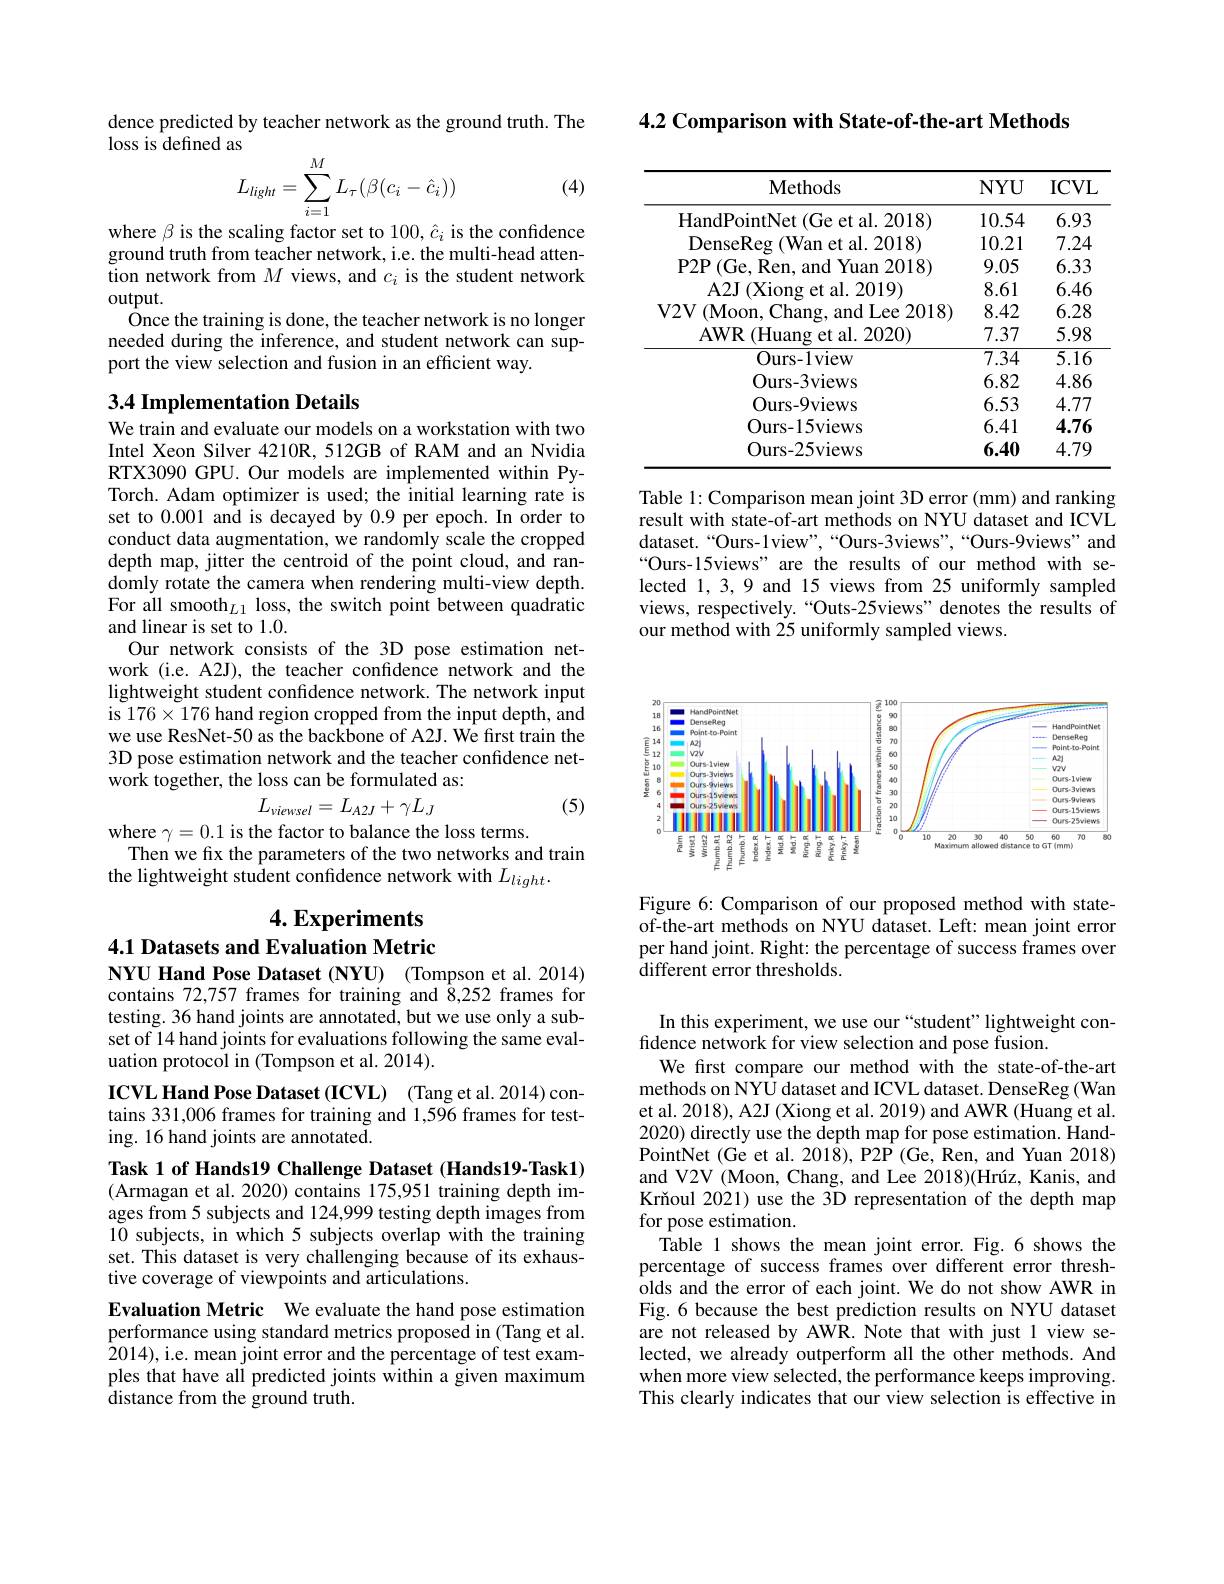
4.2 Comparison with State-of-the-art Methods

<table>
	<tbody>
		<tr>
			<th>$\mathbf{Methods}$</th>
			<th>$NYU$</th>
			<th>$ICVL$</th>
		</tr>
		<tr>
			<td>HandPointNet ( Ge et al. 2018) </td>
			<td>10.54</td>
			<td>6.93</td>
		</tr>
		<tr>
			<td>DenseReg ( Wan et al. 2018) </td>
			<td>10.21</td>
			<td>7.24</td>
		</tr>
		<tr>
			<td>P2P$\left(\mathrm{Ge},\mathrm{Ren},\mathrm{~and~Yuan~2018}\right)$</td>
			<td>9.05</td>
			<td>6.33</td>
		</tr>
		<tr>
			<td>A2J ( Xiong et al. 2019) </td>
			<td>8.61</td>
			<td>6.46</td>
		</tr>
		<tr>
			<td>V2V (Moon, Chang, and Lee 2018)</td>
			<td>8.42</td>
			<td>6.28</td>
		</tr>
		<tr>
			<td>AWR ( Huang et al. 2020) </td>
			<td>7.37</td>
			<td>5.98</td>
		</tr>
		<tr>
			<td>Ours- 1view</td>
			<td>7.34</td>
			<td>$\overline{5.16}$</td>
		</tr>
		<tr>
			<td>Ours- 3views</td>
			<td>6.82</td>
			<td>4.86</td>
		</tr>
		<tr>
			<td>Ours- 9views</td>
			<td>6.53</td>
			<td>4.77</td>
		</tr>
		<tr>
			<td>Ours- 15views</td>
			<td>6.41</td>
			<td>4.76</td>
		</tr>
		<tr>
			<td>Ours- 25views</td>
			<td>6.40</td>
			<td>4.79</td>
		</tr>
	</tbody>
</table>

Table 1: Comparison mean joint 3D error (mm) and ranking result with state-of-art methods on NYU dataset and ICVL dataset.“Ours-1view”,“Ours-3views”,“Ours-9views”and “Ours-15views" are the results of our method with selected 1,3,9 and 15 views from 25 uniformly sampled views, respectively.“Outs-25views”denotes the results of our method with 25 uniformly sampled views.

dence predicted by teacher network as the ground truth. The
loss is defined as
$$L_{light}=\sum_{i=1}^{M}L_{\tau}(\beta(c_{i}-\hat{c}_{i}))$$
(4)

where $\beta$ is the scaling factor set to 100, $\hat{c}_i$ is the confdence ground truth from teacher network, i.e. the multi-head attention network from $M$ views, and $c_i$ is the student network output.
Once the training is done, the teacher network is no longer needed during the inference, and student network can support the view selection and fusion in an efficient way.

## 3.4 Implementation Details

We train and evaluate our models on a workstation with two Intel Xeon Silver 4210R, 512GB of RAM and an Nvidia RTX3090 GPU. Our models are implemented within PyTorch. Adam optimizer is used; the initial learning rate is set to 0.001 and is decayed by 0.9 per epoch.In order to conduct data augmentation, we randomly scale the cropped depth map, jitter the centroid of the point cloud, and randomly rotate the camera when rendering multi-view depth. For all smooth$_L1$ loss, the switch point between quadratic and linear is set to 1.0.
Our network consists of the 3D pose estimation network (i.e. A2J), the teacher confidence network and the lightweight student confidence network. The network input is 176$\times176$ hand region cropped from the input depth, and we use ResNet-50 as the backbone of A2J. We first train the 3D pose estimation network and the teacher confidence network together, the loss can be formulated as:
$$L_{viewsel}=L_{A2J}+\gamma L_{J}$$
(5)

where $\gamma=0.1$ is the factor to balance the loss terms.
Then we fix the parameters of the two networks and train
the lightweight student confidence network with $L_light.$

## $4. \textbf{Experiments}$

4.1 Datasets and Evaluation Metric
NYU Hand Pose Dataset (NYU) (Tompson et al. 2014)

contains 72,757 frames for training and 8,252 frames for testing. 36 hand joints are annotated, but we use only a subset of 14 hand joints for evaluations following the same evaluation protocol in (Tompson et al. 2014).

ICVL Hand Pose Dataset (ICVL) (Tang et al. 2014) contains 331,006 frames for training and 1,596 frames for testing. 16 hand joints are annotated.
Task 1 of Hands19 Challenge Dataset (Hands19-Task1) (Armagan et al. 2020) contains 175,951 training depth images from 5 subjects and 124,999 testing depth images from 10 subjects, in which 5 subjects overlap with the training set. This dataset is very challenging because of its exhaustive coverage of viewpoints and articulations.
Evaluation Metric We evaluate the hand pose estimation performance using standard metrics proposed in (Tang et al. 2014),i.e. mean joint error and the percentage of test examples that have all predicted joints within a given maximum distance from the ground truth.

<FigureHere>

Figure 6: Comparison of our proposed method with stateof-the-art methods on NYU dataset. Left: mean joint error per hand joint. Right: the percentage of success frames over different error thresholds.

In this experiment, we use our “student” lightweight con-
fdence network for view selection and pose fusion.
We first compare our method with the state-of-the-art methods on NYU dataset and ICVL dataset. DenseReg (Wan et al. 2018), A2J (Xiong et al. 2019) and AWR (Huang et al. 2020) directly use the depth map for pose estimation. HandPointNet (Ge et al. 2018), P2P (Ge, Ren, and Yuan 2018) and V2V (Moon, Chang, and Lee 2018)(Hrúz, Kanis, and Krňoul 2021) use the 3D representation of the depth map for pose estimation.
Table 1 shows the mean joint error. Fig.6 shows the percentage of success frames over different error thresholds and the error of each joint. We do not show AWR in Fig. 6 because the best prediction results on NYU dataset are not released by AWR. Note that with just 1 view selected, we already outperform all the other methods. And when more view selected, the performance keeps improving. This clearly indicates that our view selection is effective in